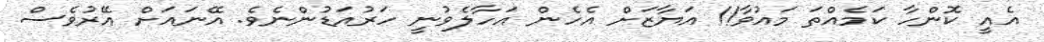
އެއީ ކޮންހާ ކަމެއްތަ މައުވާ!! އަޔާޒަށް އެހެން އަހާލެވުނީ ހަރުއަޑުންނެވެ. އޭނައަށް އޭރުވެސް